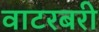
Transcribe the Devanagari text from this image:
वाटरबरी